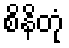
စိနိတုံ